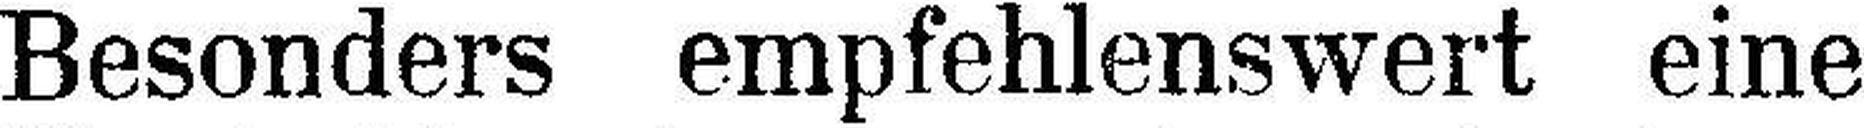
Besonders empfehlenswert eine